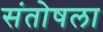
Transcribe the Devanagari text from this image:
संतोषला